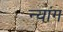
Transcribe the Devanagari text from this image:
न्यांग